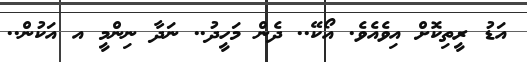
އަޑު ރީތިކޮށް އިވެއެވެ. އޯކޭ.. ދެން މަހީދު.. ނަދާ ނިންމީ އ އަކުން..